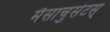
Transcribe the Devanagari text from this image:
मैसाचुसेटस्